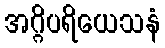
အဂ္ဂိပရိယေသနံ